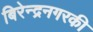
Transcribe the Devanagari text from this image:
बिरेन्द्रनगरकी